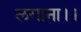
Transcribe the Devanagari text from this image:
लगाना।।